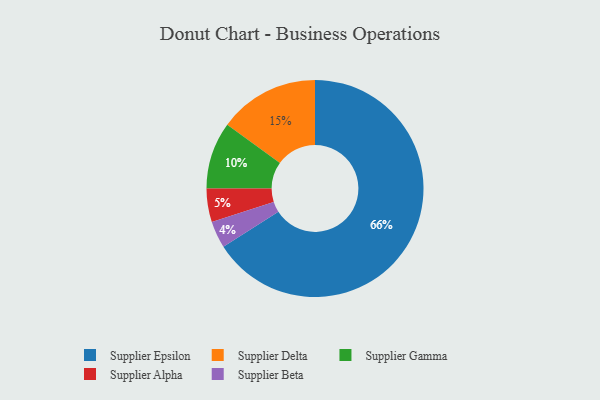
{"axis": {"x": "Category", "y": "Percentage"}, "legend": ["Supplier Alpha", "Supplier Beta", "Supplier Delta", "Supplier Epsilon", "Supplier Gamma"], "data": [{"x": "Supplier Alpha", "y": 5, "type": "Supplier Alpha"}, {"x": "Supplier Gamma", "y": 10, "type": "Supplier Gamma"}, {"x": "Supplier Beta", "y": 4, "type": "Supplier Beta"}, {"x": "Supplier Epsilon", "y": 66, "type": "Supplier Epsilon"}, {"x": "Supplier Delta", "y": 15, "type": "Supplier Delta"}]}